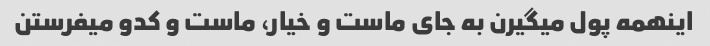
اینهمه پول میگیرن به جای ماست و خیار، ماست و کدو میفرستن